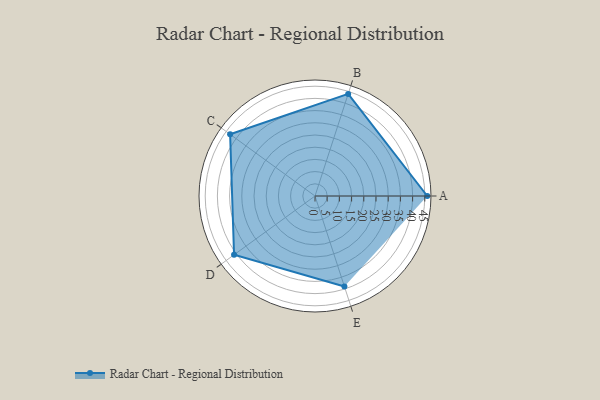
{"axis": {"x": "Skill", "y": "Score"}, "legend": ["Profile"], "data": [{"x": "A", "y": 46.0, "type": "Profile"}, {"x": "B", "y": 44.0, "type": "Profile"}, {"x": "C", "y": 43.0, "type": "Profile"}, {"x": "D", "y": 41.0, "type": "Profile"}, {"x": "E", "y": 39.0, "type": "Profile"}]}